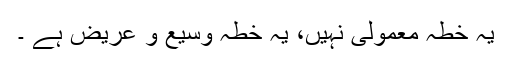
یہ خطہ معمولی نہیں، یہ خطہ وسیع و عریض ہے ۔